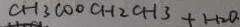
C H 3 c o o C H 2 a C H 3 + H 2 O .